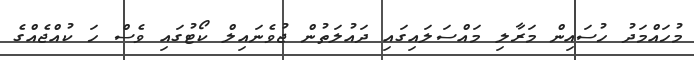
މުހައްމަދު ހުސައިން މަރާލި މައްސަލައިގައި ދައުލަތުން ޖުވެނައިލް ކޯޓުގައި ވެސް ހަ ކުއްޖެއްގެ